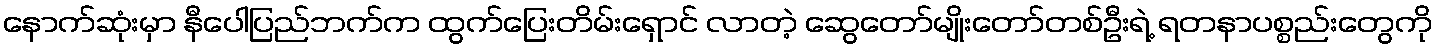
နောက်ဆုံးမှာ နီပေါပြည်ဘက်က ထွက်ပြေးတိမ်းရှောင် လာတဲ့ ဆွေတော်မျိုးတော်တစ်ဦးရဲ့ ရတနာပစ္စည်းတွေကို